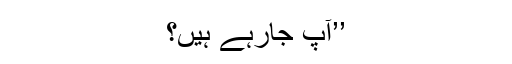
’’آپ جارہے ہیں؟